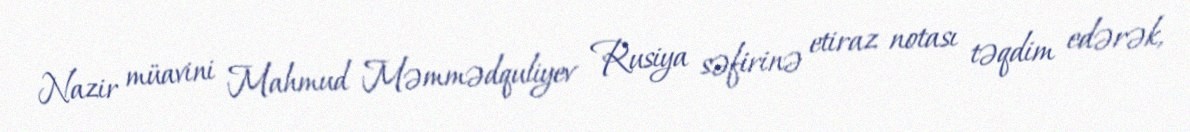
Nazir müavini Mahmud Məmmədquliyev Rusiya səfirinə etiraz notası təqdim edərək,